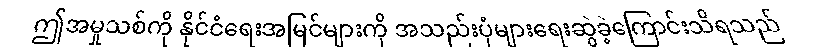
ဤအမှုသစ်ကို နိုင်ငံရေးအမြင်များကို အသည်းပုံများရေးဆွဲခဲ့ကြောင်းသိရသည်